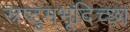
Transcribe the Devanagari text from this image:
स्रष्टुमभूदिच्छा